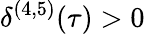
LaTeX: \delta^{(4,5)}(\tau)>0